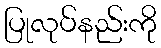
ပြုလုပ်နည်းကို